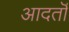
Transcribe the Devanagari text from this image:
आदतॊं